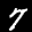
Label: 7